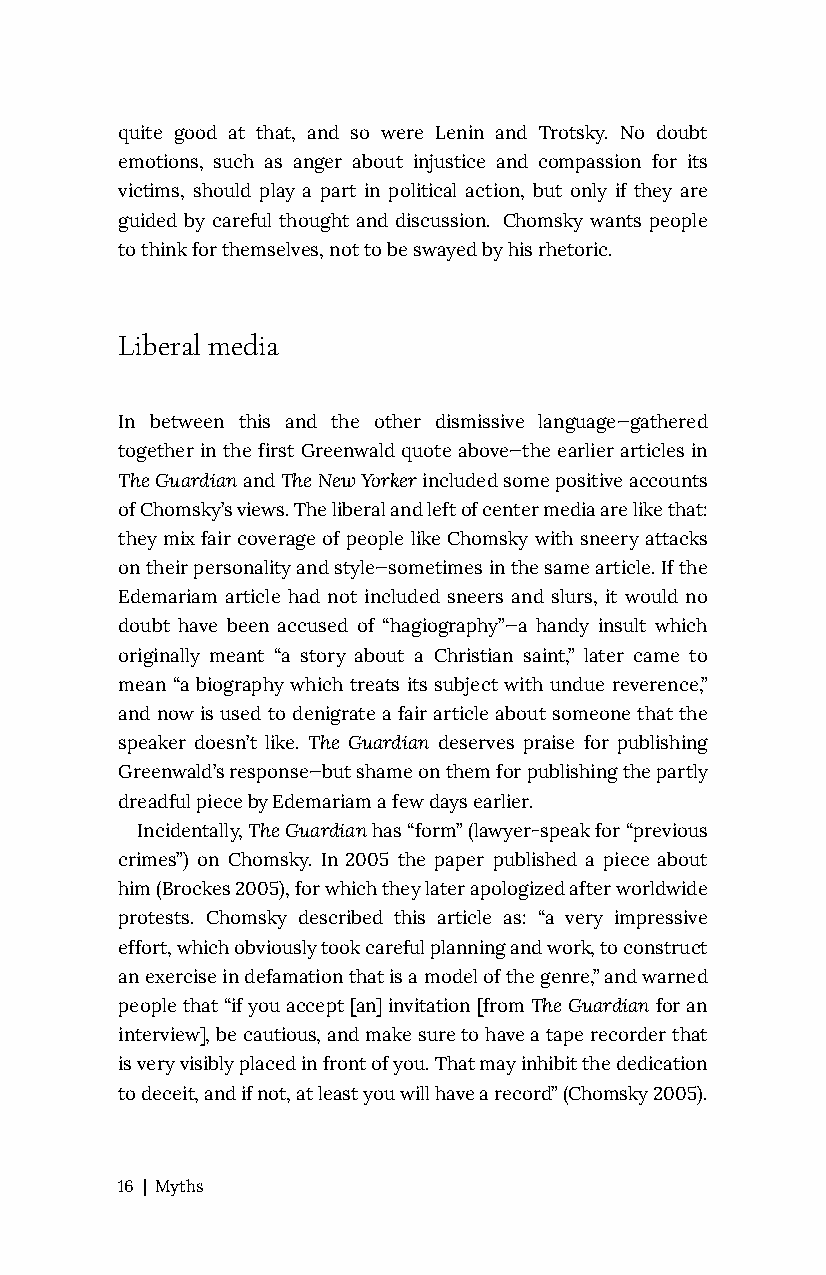
quite good at that, and so were Lenin and Trotsky. No doubt
 emotions, such as anger about injustice and compassion for its
 victims, should play a part in political action, but only if they are
 guided by careful thought and discussion. Chomsky wants people
 to think for themselves, not to be swayed by his rhetoric.
 Liberal media
 In between this and the other dismissive language—gathered
 together in the first Greenwald quote above—the earlier articles in
 The Guardian and The New Yorker included some positive accounts
 of Chomsky’s views. The liberal and left of center media are like that:
 they mix fair coverage of people like Chomsky with sneery attacks
 on their personality and style—sometimes in the same article. If the
 Edemariam article had not included sneers and slurs, it would no
 doubt have been accused of “hagiography”—a handy insult which
 originally meant “a story about a Christian saint,” later came to
 mean “a biography which treats its subject with undue reverence,”
 and now is used to denigrate a fair article about someone that the
 speaker doesn’t like. The Guardian deserves praise for publishing
 Greenwald’s response—but shame on them for publishing the partly
 dreadful piece by Edemariam a few days earlier.
 Incidentally, The Guardian has “form” (lawyer-speak for “previous
 crimes”) on Chomsky. In 2005 the paper published a piece about
 him (Brockes 2005), for which they later apologized after worldwide
 protests. Chomsky described this article as: “a very impressive
 effort, which obviously took careful planning and work, to construct
 an exercise in defamation that is a model of the genre,” and warned
 people that “if you accept [an] invitation [from The Guardian for an
 interview], be cautious, and make sure to have a tape recorder that
 is very visibly placed in front of you. That may inhibit the dedication
 to deceit, and if not, at least you will have a record” (Chomsky 2005).
 16 | Myths